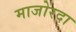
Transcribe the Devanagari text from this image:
माजोरदा